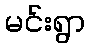
မင်းရွာ